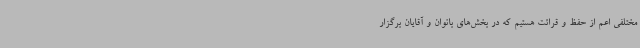
مختلفی اعم از حفظ و قرائت هستیم که در بخش‌های بانوان و آقایان برگزار